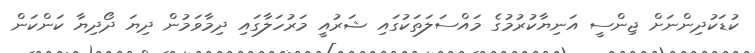
ކުޑަކުދިންނަށް ޖިންސީ އަނިޔާކުރުމުގެ މައްސަލަތަކުގައި ޝަރުއީ މަރުހަލާގައި ދިމާވަމުން ދިޔަ ދޯދިޔާ ކަންކަން